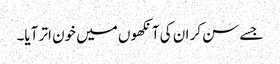
جسے سن کر ان کی آنکھوں میں خون اتر آیا۔